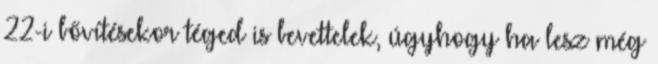
22-i bővítésekor téged is bevettelek, úgyhogy ha lesz még